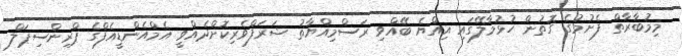
މިމުބާރާތް ފެށުމުގެ ގޮތުން ހުޅުމާލޭގައި އިއްޔެ ބޭއްވި ރަސްމިއްޔާތު ޝަރަފްވެރިކޮށްދެއްވީ އެމްއެންޑީއެފްގެ ޕްރިންސިޕަލް